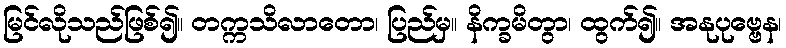
မြင်လိုသည်ဖြစ်၍။ တက္ကသိလာတော၊ ပြည်မှ။ နိက္ခမိတွာ၊ ထွက်၍။ အနုပုဗ္ဗေန၊